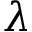
\lambda